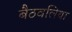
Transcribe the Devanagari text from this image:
बैठवलिया